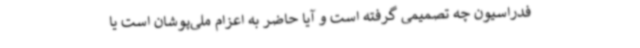
فدراسیون چه تصمیمی گرفته است و آیا حاضر به اعزام ملی‌پوشان است یا